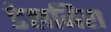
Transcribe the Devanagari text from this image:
डेलमिरा